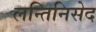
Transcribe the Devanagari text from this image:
लन्तिनिसेद